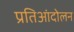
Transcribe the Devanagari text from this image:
प्रतिआंदोलन